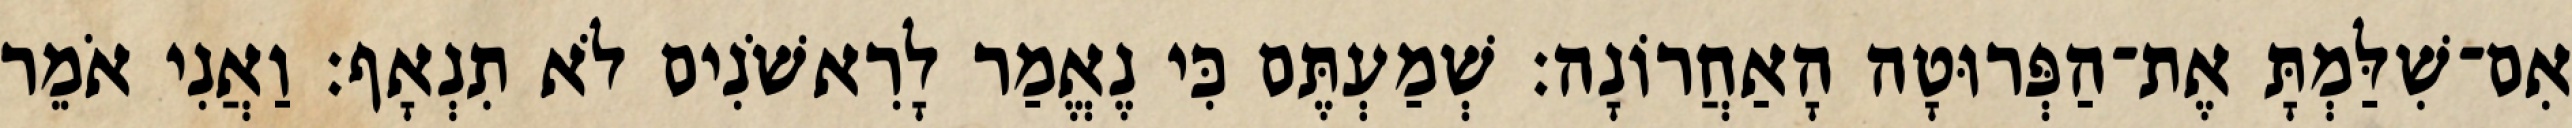
אִם־שִׁלַּמְתָּ אֶת־הַפְּרוּטָה הָאַחֲרוֹנָה׃ שְׁמַעְתֶּם כִּי נֶאֱמַר לָרִאשֹׁנִים לֹא תִנְאָף׃ וַאֲנִי אֹמֵר